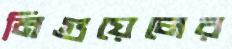
মিগুয়েলের